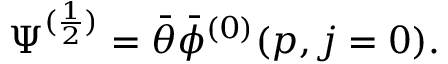
\Psi ^ { ( \frac { 1 } { 2 } ) } = \bar { \theta } \bar { \phi } ^ { ( 0 ) } ( p , j = 0 ) .